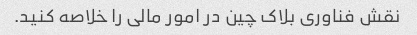
نقش فناوری بلاک چین در امور مالی را خلاصه کنید.